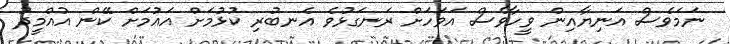
ނަމަވެސް އަނިޔާއިން ވީހާވެސް އަވަހަށް ރަނގަޅުވެ އެނބުރި ކުޅުމަށް އައުމަށް ކޭން އުއްމީދު